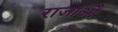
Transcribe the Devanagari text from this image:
राजाऔ